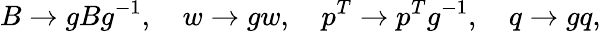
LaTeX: B\rightarrow gBg^{-1},\quad w\rightarrow gw,\quad p^{T}\rightarrow p^{T}g^{-1},\quad q\rightarrow gq,